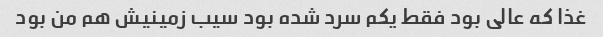
غذا که عالی بود فقط یکم سرد شده بود سیب زمینیش هم من بود